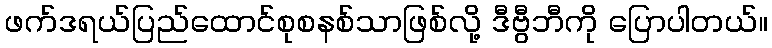
ဖက်ဒရယ်ပြည်ထောင်စုစနစ်သာဖြစ်လို့ ဒီဗွီဘီကို ပြောပါတယ်။